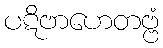
ပဋိဗာဟေတဗ္ဗံ